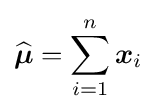
{\widehat {\boldsymbol {\mu }}}=\sum _{i=1}^{n}{\boldsymbol {x}}_{i}